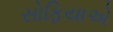
સોફિયાએ